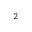
{ } ^ { 2 }